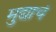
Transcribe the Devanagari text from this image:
मुद्याचं